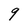
Character: 9